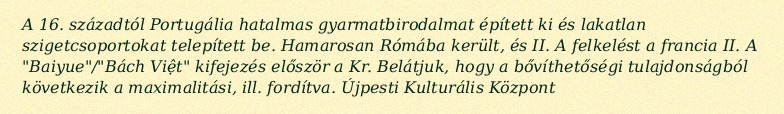
A 16. századtól Portugália hatalmas gyarmatbirodalmat épített ki és lakatlan szigetcsoportokat telepített be. Hamarosan Rómába került, és II. A felkelést a francia II. A "Baiyue"/"Bách Việt" kifejezés először a Kr. Belátjuk, hogy a bővíthetőségi tulajdonságból következik a maximalitási, ill. fordítva. Újpesti Kulturális Központ